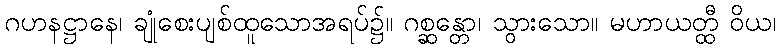
ဂဟနဋ္ဌာနေ၊ ချုံစေးပျစ်ထူသောအရပ်၌။ ဂစ္ဆန္တော၊ သွားသော။ မဟာယတ္ထီ ဝိယ၊